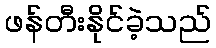
ဖန်တီးနိုင်ခဲ့သည်